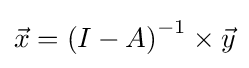
{\vec {x}}=\left(I-A\right)^{-1}\times {\vec {y}}